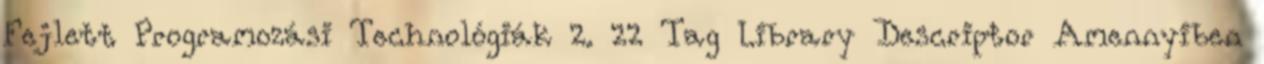
Fejlett Programozási Technológiák 2. 22 Tag Library Descriptor Amennyiben